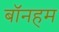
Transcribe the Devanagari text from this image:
बॉनहम